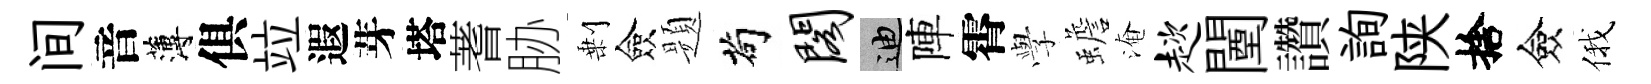
间音薄俱竝遐芽塔蓍胁剰僉题茍阁迪陣霄𫝯蟾淹趑闉讚詢陕捨僉俄